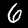
Digit: 6